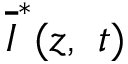
\overline { I } ^ { * } ( z , \ t )